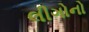
લીગોનો